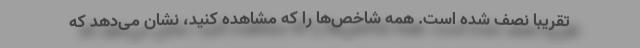
تقریباً نصف شده است. همه شاخص‌ها را که مشاهده کنید، نشان می‌دهد که